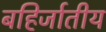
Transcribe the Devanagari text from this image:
बहिर्जातीय